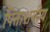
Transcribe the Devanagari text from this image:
पित्ताशयीय